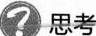
？ 思考